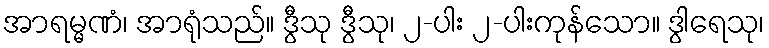
အာရမ္မဏံ၊ အာရုံသည်။ ဒွီသု ဒွီသု၊ ၂-ပါး ၂-ပါးကုန်သော။ ဒွါရေသု၊